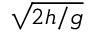
\sqrt { 2 h / g }